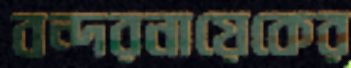
বন্দরনায়েকের